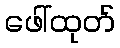
ဖေါ်ထုတ်